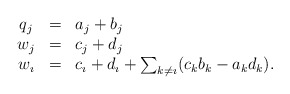
\begin{align*}\begin{array}{ccl}q_{j} & = & a_{j}+b_{j}\\w_{j} & = & c_{j}+d_{j}\\w_{\imath} & = & c_{\imath}+d_{\imath}+\sum_{k\neq\imath}(c_{k}b_{k}-a_{k}d_{k}).\end{array}\end{align*}